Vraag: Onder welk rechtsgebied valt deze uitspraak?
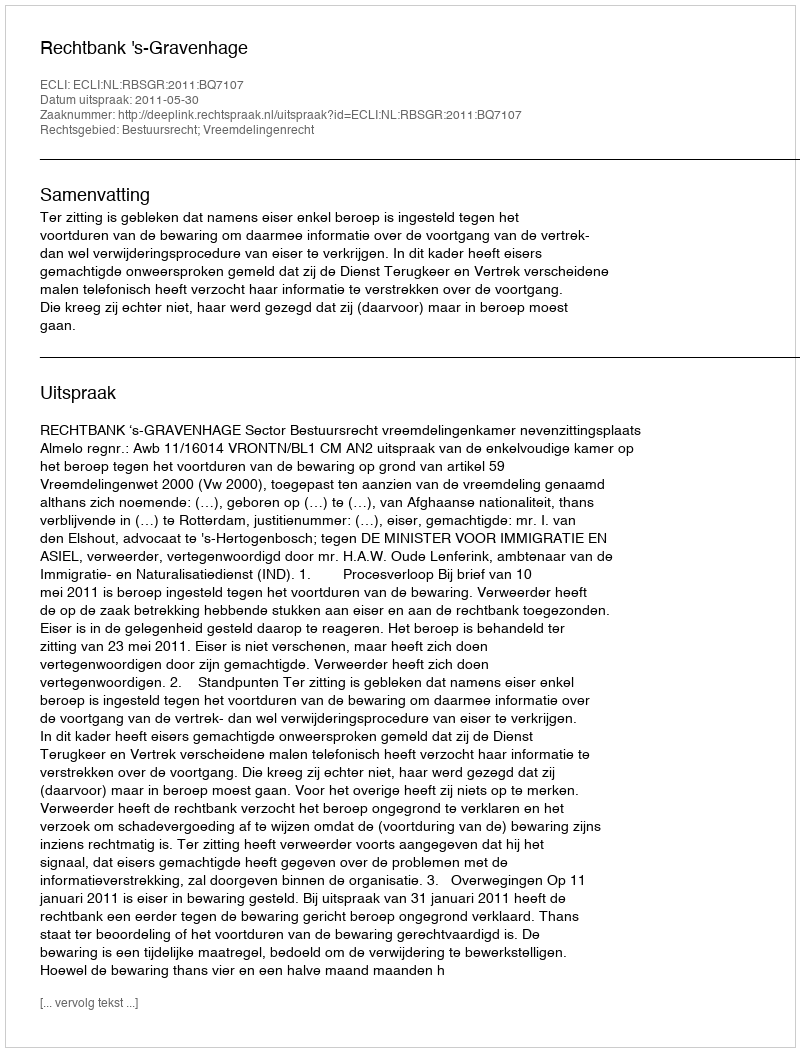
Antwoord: Bestuursrecht; Vreemdelingenrecht